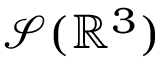
\mathcal { S } ( \mathbb { R } ^ { 3 } )